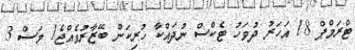
ޓްރަމްޕް 18 އަހަރު ދުވަހު ޓެކްސް ނުދައްކާ ހުރިކަން ބޭޒާރުވެއްޖެ1 މަސް 3